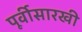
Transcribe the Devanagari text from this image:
पूर्वीसारखी